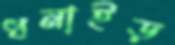
ধনাইড়